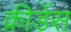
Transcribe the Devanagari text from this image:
क्रीडेंस